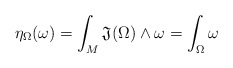
\begin{align*}\eta_\Omega(\omega) = \int_M \mathfrak{J}(\Omega)\wedge\omega= \int_\Omega \omega\end{align*}